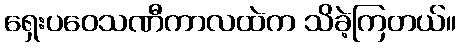
ရှေးပဝေသဏီကာလထဲက သိခဲ့ကြတယ်။